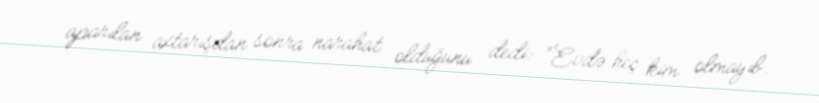
aparılan axtarışdan sonra narahat olduğunu dedi: “Evdə heç kim olmayıb.